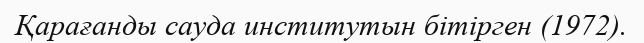
Қарағанды сауда институтын бітірген (1972).